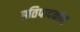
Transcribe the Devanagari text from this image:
प्रतिपादकांत